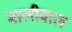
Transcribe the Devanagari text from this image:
मालीवाल